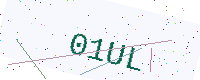
Text: 01UL